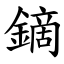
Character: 鏑